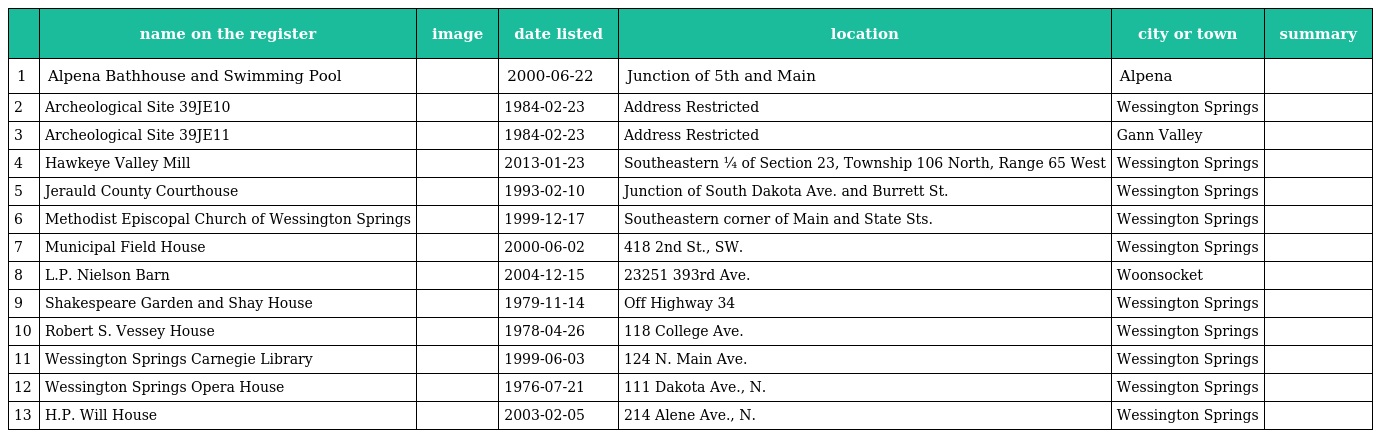
|  | name on the register | image | date listed | location | city or town | summary |
 | --- | --- | --- | --- | --- | --- | --- |
 | 1 | Alpena Bathhouse and Swimming Pool |  | 2000-06-22 | Junction of 5th and Main | Alpena |  |
 | 2 | Archeological Site 39JE10 |  | 1984-02-23 | Address Restricted | Wessington Springs |  |
 | 3 | Archeological Site 39JE11 |  | 1984-02-23 | Address Restricted | Gann Valley |  |
 | 4 | Hawkeye Valley Mill |  | 2013-01-23 | Southeastern ¼ of Section 23, Township 106 North, Range 65 West | Wessington Springs |  |
 | 5 | Jerauld County Courthouse |  | 1993-02-10 | Junction of South Dakota Ave. and Burrett St. | Wessington Springs |  |
 | 6 | Methodist Episcopal Church of Wessington Springs |  | 1999-12-17 | Southeastern corner of Main and State Sts. | Wessington Springs |  |
 | 7 | Municipal Field House |  | 2000-06-02 | 418 2nd St., SW. | Wessington Springs |  |
 | 8 | L.P. Nielson Barn |  | 2004-12-15 | 23251 393rd Ave. | Woonsocket |  |
 | 9 | Shakespeare Garden and Shay House |  | 1979-11-14 | Off Highway 34 | Wessington Springs |  |
 | 10 | Robert S. Vessey House |  | 1978-04-26 | 118 College Ave. | Wessington Springs |  |
 | 11 | Wessington Springs Carnegie Library |  | 1999-06-03 | 124 N. Main Ave. | Wessington Springs |  |
 | 12 | Wessington Springs Opera House |  | 1976-07-21 | 111 Dakota Ave., N. | Wessington Springs |  |
 | 13 | H.P. Will House |  | 2003-02-05 | 214 Alene Ave., N. | Wessington Springs |  |